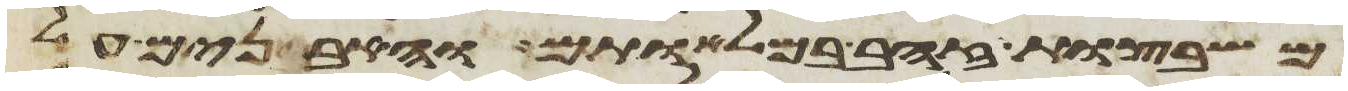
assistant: משבצות זהב במלאותם והאבנים על